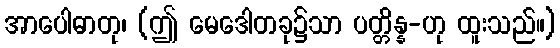
အာပေါဓာတု၊ (ဤ မေဒေါတခု၌သာ ပတ္တိန္န-ဟု ထူးသည်။)